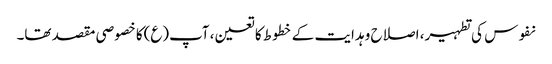
نفوس کی تطہیر، اصلاح و ہدایت کے خطوط کا تعین، آپ(ع)کا خصوصی مقصد تھا۔